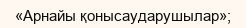
«Арнайы қонысаударушылар»;